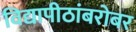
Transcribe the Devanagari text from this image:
विद्यापीठांबरोबर